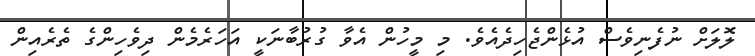
ލޮލަށް ނުފެނިވެސް އުޅެންޖެހިދެއެވެ. މި މީހުން އެވާ ގުރުބާނަކީ އަހަރެމެން ދިވެހިންގެ ތެރެއިން